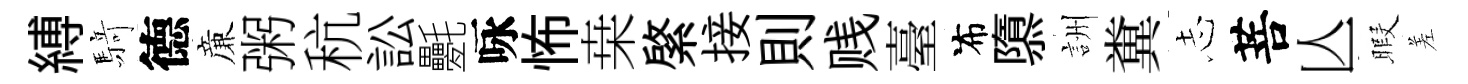
縛𮪍德亷粥秔訟氎咏怖桒綮接則贱臺布隳詶糞𢖽菩亾暇差